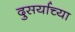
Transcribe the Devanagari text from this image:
दुसर्याच्या